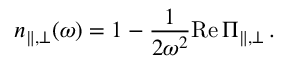
n _ { \| , \bot } ( \omega ) = 1 - \frac { 1 } { 2 \omega ^ { 2 } } \mathrm { R e } \, \Pi _ { \| , \bot } \, .